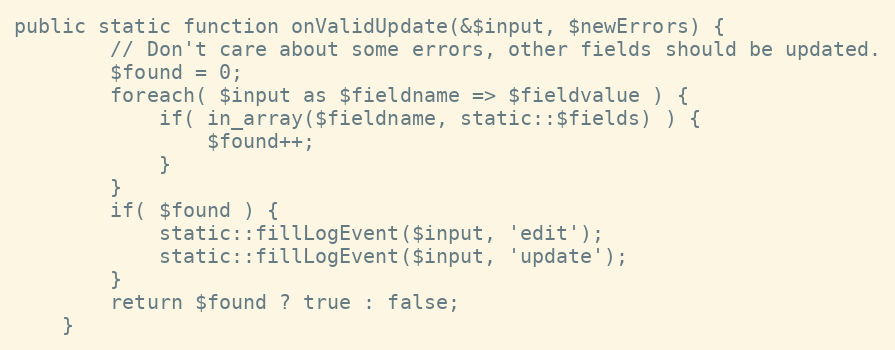
Language: PHP
public static function onValidUpdate(&$input, $newErrors) {
		// Don't care about some errors, other fields should be updated.
		$found = 0;
		foreach( $input as $fieldname => $fieldvalue ) {
			if( in_array($fieldname, static::$fields) ) {
				$found++;
			}
		}
		if( $found ) {
			static::fillLogEvent($input, 'edit');
			static::fillLogEvent($input, 'update');
		}
		return $found ? true : false;
	}